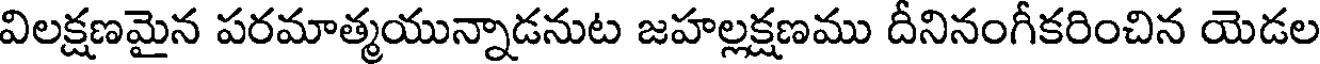
విలక్షణమైన పరమాత్మయున్నాడనుట జహల్లక్షణము దీనినంగీకరించిన యెడల